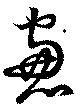
窓